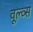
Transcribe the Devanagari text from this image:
वूल्व्स